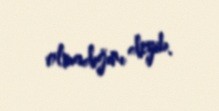
olmadığını deyib.